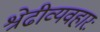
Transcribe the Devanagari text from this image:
श्रेढीव्यवहारः